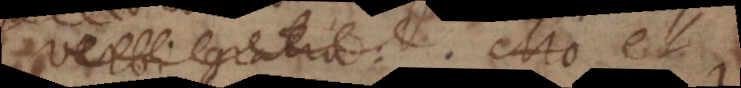
verbi gratia: Mo et